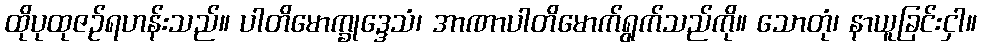
ထိုပုထုဇဉ်ရဟန်းသည်။ ပါတိမောက္ခုဒ္ဒေသံ၊ အာဏာပါတိမောက်ရွက်သည်ကို။ သောတုံ၊ နာယူခြင်းငှါ။